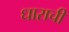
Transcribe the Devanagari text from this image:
धाराची